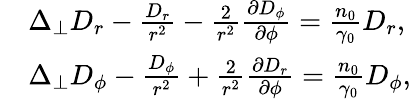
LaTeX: \begin{array}{rl}&{\Delta_{\perp}D_{r}-\frac{D_{r}}{r^{2}}-\frac{2}{r^{2}}\frac{\partial D_{\phi}}{\partial\phi}=\frac{n_{0}}{\gamma_{0}}D_{r},}\\ &{\Delta_{\perp}D_{\phi}-\frac{D_{\phi}}{r^{2}}+\frac{2}{r^{2}}\frac{\partial D_{r}}{\partial\phi}=\frac{n_{0}}{\gamma_{0}}D_{\phi},}\end{array}